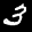
Label: 3